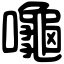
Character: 𪚩